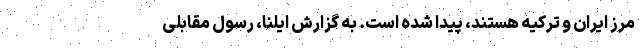
مرز ایران و ترکیه هستند، پیدا شده است. به گزارش ایلنا، رسول مقابلی